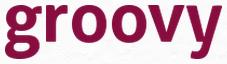
groovy